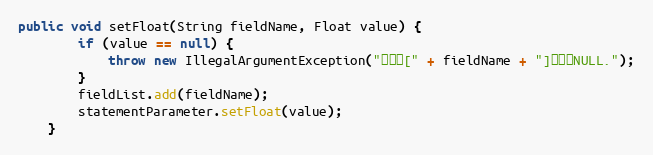
Language: Java
public void setFloat(String fieldName, Float value) {
		if (value == null) {
			throw new IllegalArgumentException("参数值[" + fieldName + "]不能为NULL.");
		}
		fieldList.add(fieldName);
		statementParameter.setFloat(value);
	}